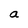
Character: a